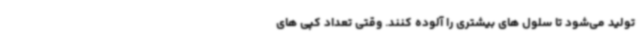
تولید می‌شود تا سلول های بیشتری را آلوده کنند. وقتی تعداد کپی های